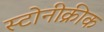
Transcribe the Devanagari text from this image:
स्टोनीक्रीक